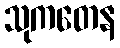
သုကတေန